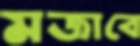
মজাবে